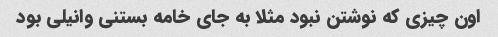
اون چیزی که نوشتن نبود مثلا به جای خامه بستنی وانیلی بود